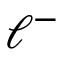
{ \ell } ^ { - }